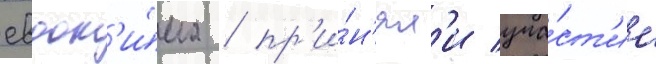
евдок'и́ма / пр'и́н'ял'и уча́ст'ие